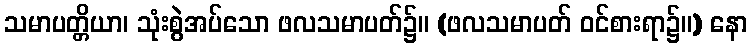
သမာပတ္တိယာ၊ သုံးစွဲအပ်သော ဖလသမာပတ်၌။ (ဖလသမာပတ် ဝင်စားရာ၌။) နော